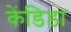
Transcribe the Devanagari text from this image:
केंडिडा